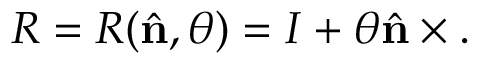
R = R ( { \hat { \mathbf { n } } } , \theta ) = I + \theta { \hat { \mathbf { n } } } \times .